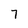
Character: 7